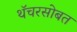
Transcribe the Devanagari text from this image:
थॅचरसोबत